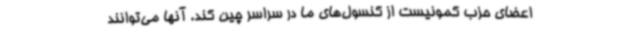
اعضای حزب کمونیست از کنسول‌های ما در سراسر چین کند. آنها می‌توانند